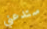
ستدعني